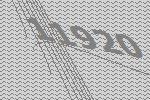
11920